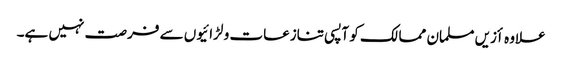
علاوہ أزیں مسلمان ممالک کو آپسی تنازعات و لڑائیوں سے فرصت نہیں ہے۔